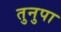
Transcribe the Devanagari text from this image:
तुनुपा